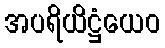
အပရိယိဋ္ဌံယေဝ